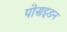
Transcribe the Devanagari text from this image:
पोसइडन